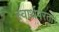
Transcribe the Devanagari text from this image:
स्वार्थपरता।